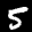
Label: 5